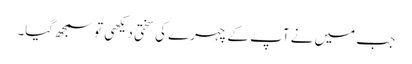
جب میں نے آپ کے چہرے کی سختی دیکھی تو سمجھ گیا۔